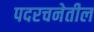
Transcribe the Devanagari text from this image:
पदरचनेतील